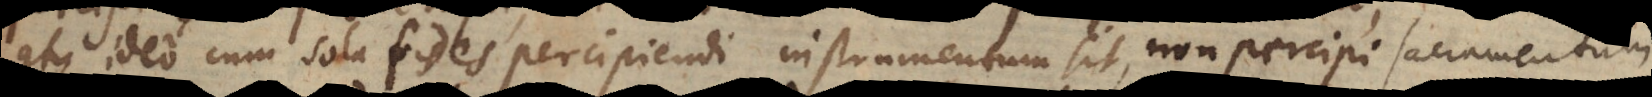
atque ideo cum sola fides percipiendi instrumentum sit, non percipi sacramentum